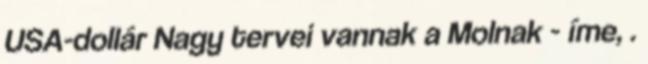
USA-dollár Nagy tervei vannak a Molnak - íme, .